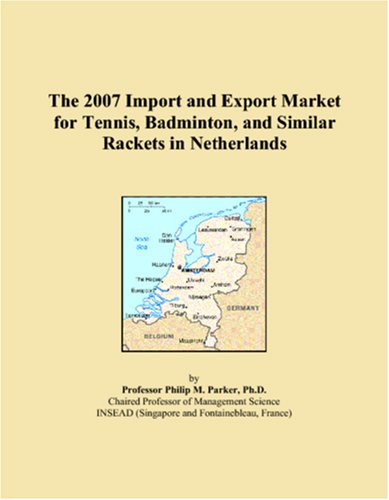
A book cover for The 2007 Import and Export Market for Tennis, Badminton, and Similar Rackets in Netherlands; Philip M. Parker; Sports & Outdoors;